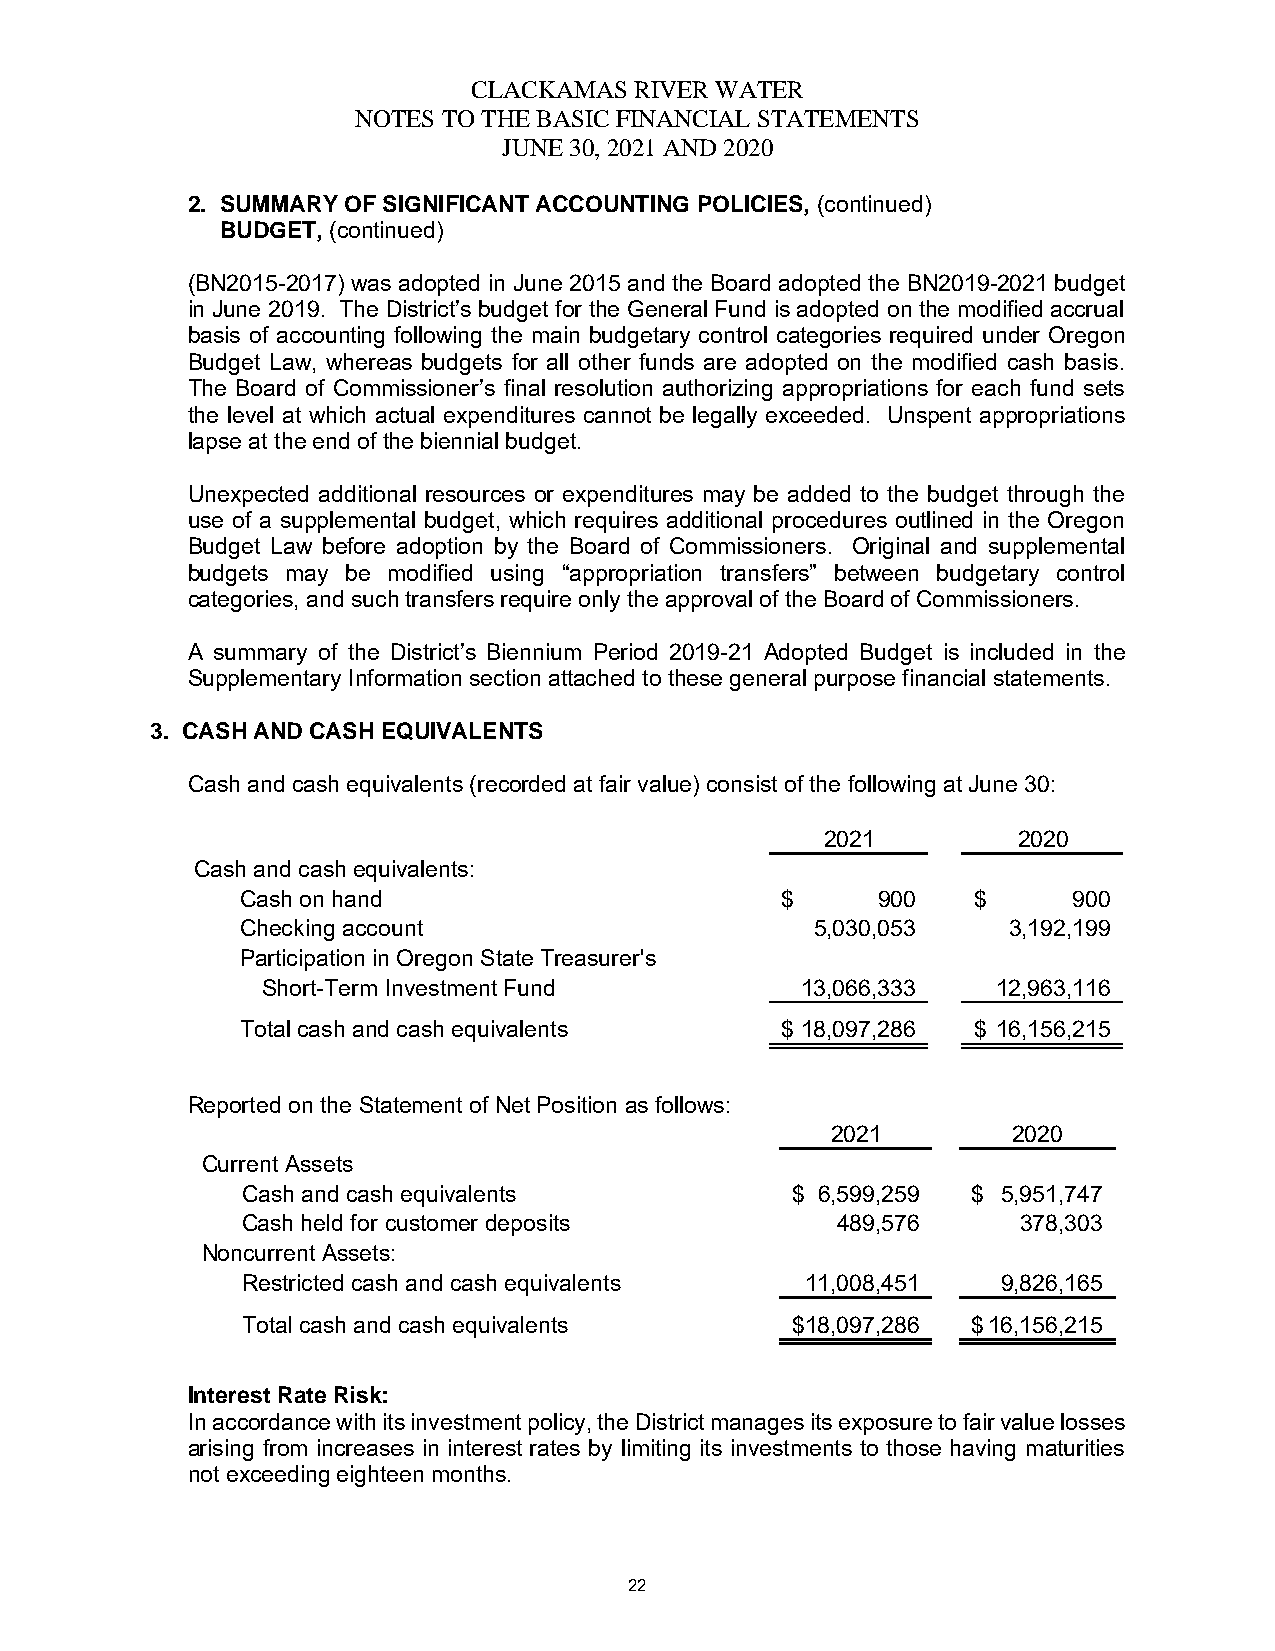
CLACKAMAS  RIVER WATER
 NOTES TO THE BASIC FINANCIAL STATEMENTS
 JUNE 30, 2021 AND 2020
 2. SUMMARY OF SIGNIFICANT ACCOUNTING POLICIES, (continued)
 BUDGET, (continued)
 (BN2015-2017) was adopted in June 2015 and the Board adopted the BN2019-2021 budget
 in June 2019. The District’s budget for the General Fund is adopted on the modified accrual
 basis of accounting following the main budgetary control categories required under Oregon
 Budget Law, whereas budgets for all other funds are adopted on the modified cash basis.
 The Board of Commissioner’s final resolution authorizing appropriations for each fund sets
 the level at which actual expenditures cannot be legally exceeded. Unspent appropriations
 lapse at the end of the biennial budget.
 Unexpected additional resources or expenditures may be added to the budget through the
 use of a supplemental budget, which requires additional procedures outlined in the Oregon
 Budget Law before adoption by the Board of Commissioners. Original and supplemental
 budgets may be modified using “appropriation transfers” between budgetary control
 categories, and such transfers require only the approval of the Board of Commissioners.
 A summary of the District’s Biennium Period 2019-21 Adopted Budget is included in the
 Supplementary Information section attached to these general purpose financial statements.
 3. CASH AND CASH EQUIVALENTS
 Cash and cash equivalents (recorded at fair value) consist of the following at June 30:
 2021        2020
 Cash and cash equivalents:
 Cash on hand                        $     9 00  $      900
 Checking account                      5 ,030,053   3,192,199
 Participation in Oregon State Treasurer's
 Short-Term Investment Fund          13,066,333   12,963,116
 Total cash and cash equivalents     $ 18,097,286 $ 16,156,215
 Reported on the Statement of Net Position as follows:
 2021        2020
 Current Assets
 Cash and cash equivalents           $ 6,599,259 $ 5,951,747
 Cash held for customer deposits        489,576      378,303
 Noncurrent Assets:
 Restricted cash and cash equivalents 11,008,451   9,826,165
 Total cash and cash equivalents     $ 18,097,286 $ 16,156,215
 Interest Rate Risk:
 In accordance with its investment policy, the District manages its exposure to fair value losses
 arising from increases in interest rates by limiting its investments to those having maturities
 not exceeding eighteen months.
 22